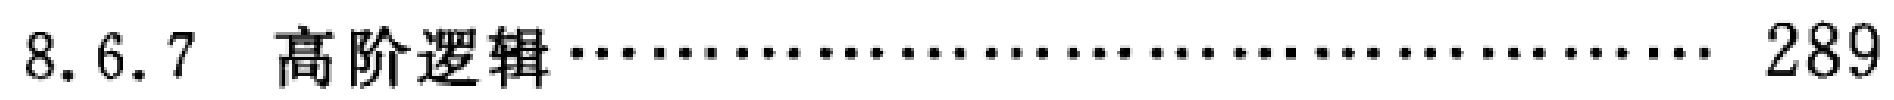
8.6.7  高阶逻辑 \dotfill 289